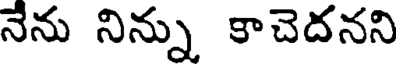
నేను నిన్ను కాచెదనని